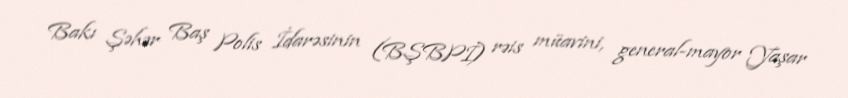
Bakı Şəhər Baş Polis İdarəsinin (BŞBPİ) rəis müavini, general-mayor Yaşar